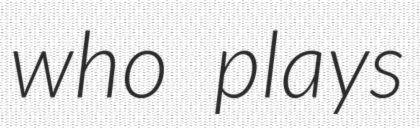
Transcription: who plays